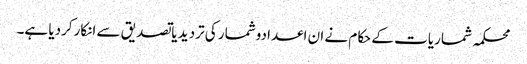
محکمہ شماریات کے حکام نے ان اعدادوشمار کی تردید یاتصدیق سے انکارکردیا ہے۔